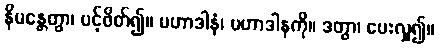
နိမန္တေတွာ၊ ပင့်ဖိတ်၍။ မဟာဒါနံ၊ မဟာဒါနကို။ ဒတွာ၊ ပေးလှူ၍။